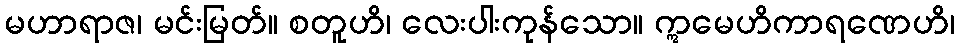
မဟာရာဇ၊ မင်းမြတ်။ စတူဟိ၊ လေးပါးကုန်သော။ ဣမေဟိကာရဏေဟိ၊